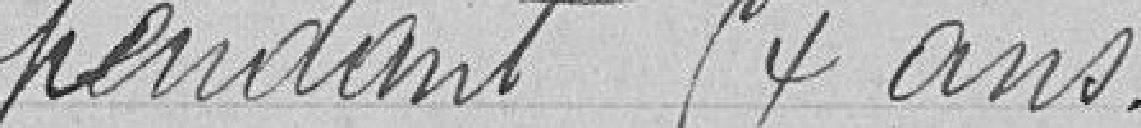
pendant 54 ans,